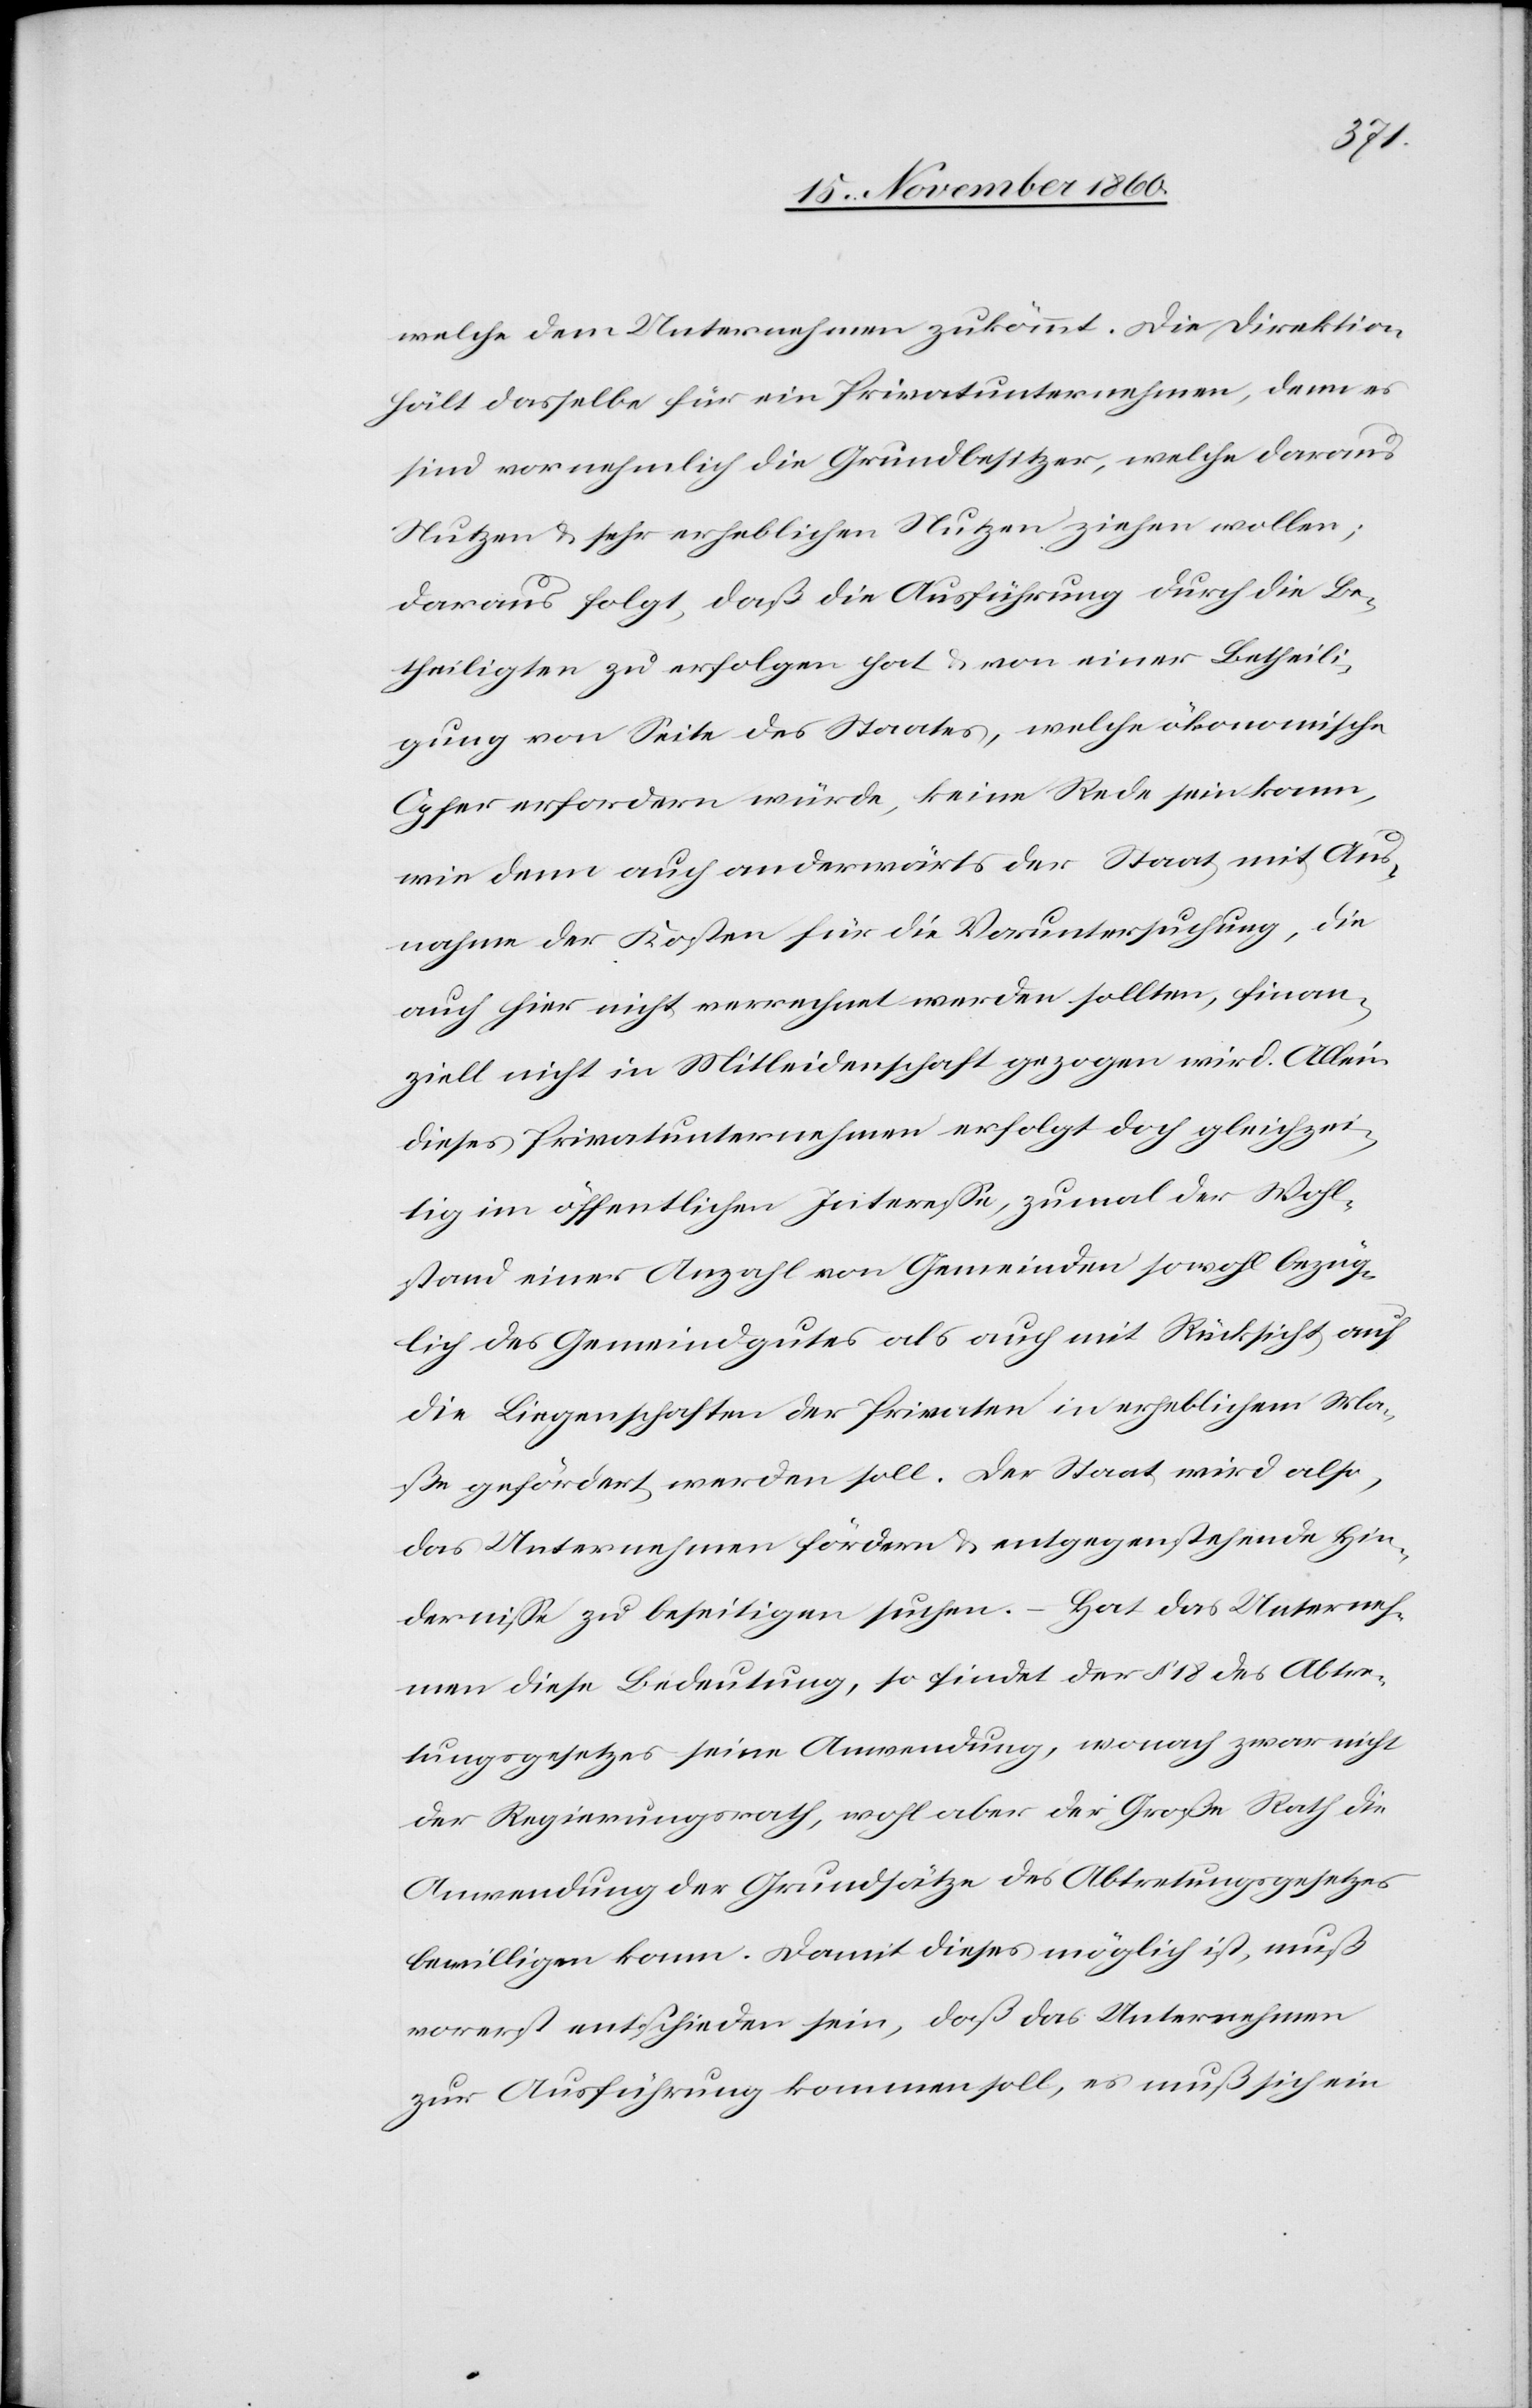
welche dem Unternehmen zukömmt. Die Direktion
hält dasselbe für ein Privatunternehmen, denn es
sind vornehmlich die Grundbesitzer, welche daraus
Nutzen u. sehr erheblichen Nutzen ziehen wollen;
Daraus folgt, daß die Ausführung durch die Be¬
theiligten zu erfolgen hat u. von einer Betheili¬
gung von Seite des Staates, welche ökonomische
Opfer erfordern würde, keine Rede sein kann,
wie denn auch anderwärts der Staat mit Aus¬
nahme der Kosten für die Voruntersuchung, die
auch hier nicht verrechnet werden sollten, finan¬
ziell nicht in Mitleidenschaft gezogen wird. Allein
dieses Privatunternehmen erfolgt doch gleichzei¬
tig im öffentlichen Interesse, zumal der Wohl¬
stand einer Anzahl von Gemeinden sowohl bezüg¬
lich des Gemeindgutes als auch mit Rücksicht auf
die Liegenschaften der Privaten in erheblichem Ma¬
ße gefördert werden soll. Der Staat wird also,
das Unternehmen fördern u. entgegenstehende Hin¬
dernisse zu beseitigen suchen. – Hat das Unterneh¬
men diese Bedeutung, so findet der § 18 des Abtre¬
tungsgesetzes seine Anwendung, wonach zwar nicht
der Regierungsrath, wohl aber der Große Rath die
Anwendung der Grundsätze des Abtretungsgesetzes
bewilligen kann. Damit dieses möglich ist, muß
vorerst entschieden sein, daß das Unternehmen
zur Ausführung kommen soll, es muß sich ein